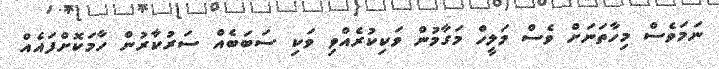
ނަމަވެސް މިހާތަނަށް ވެސް މަލީހް މަގާމުން ވަކިކުރެއްވި ވަކި ސަބަބެއް ސަރުކާރުން ހާމަކޮށްފައެއް